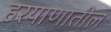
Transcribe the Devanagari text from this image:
हरयाणातील